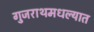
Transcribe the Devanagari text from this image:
गुजराथमधल्यात